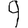
Digit: 9